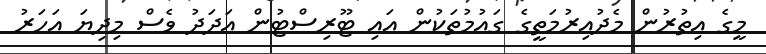
މީގެ އިތުރުން މެދުއިރުމަތީގެ ގައުމުތަކުން އައި ޓޫރިސްޓުން އަދަދު ވެސް މިދިޔަ އަހަރު